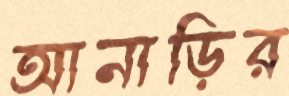
আনাড়ির